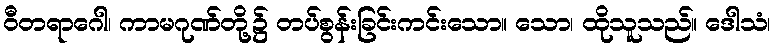
ဝီတရာဂေါ၊ ကာမဂုဏ်တို့၌ တပ်စွန်းခြင်းကင်းသော။ သော၊ ထိုသူသည်။ ဒေါသံ၊